Document type: Dowry acquittance
Year: 1427
Scribe: Pere Tarafa
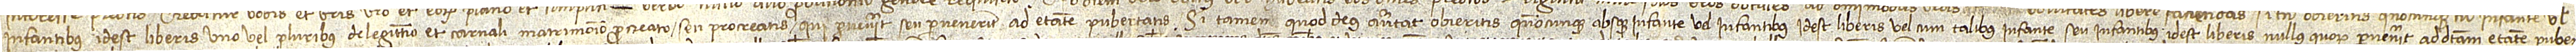
infantibus, idest liberis, uno vel pluribus, de legittimo et carnali matrimonio procreato seu procreatis, qui pervenerit seu pervenerint ad etatem pubertatis; si tamen, quod Deus averitat, obieritis quandocunque absque infante vel infantibus, idest liberis, vel cum talibus infante seu infantibus, idest liberis, nullus quorum pervenerit ad dictam etatem puber-